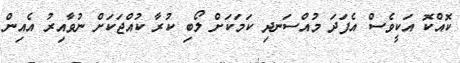
ކޮއްކޮ އަކީވެސް އެފަދަ މުއްސަނދި ކަމަކަށް ލޯބި ކުރާ ކުއްޖަކަށް ނުވާއިރު އެއިން